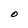
Character: 0